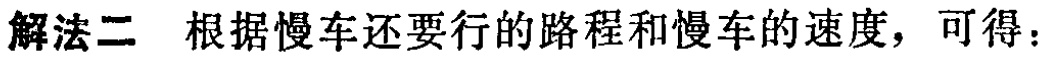
解法二 根据慢车还要行的路程和慢车的速度，可得：